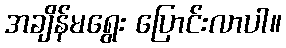
အချိန်မရွေး ပြောင်းလာပါ။